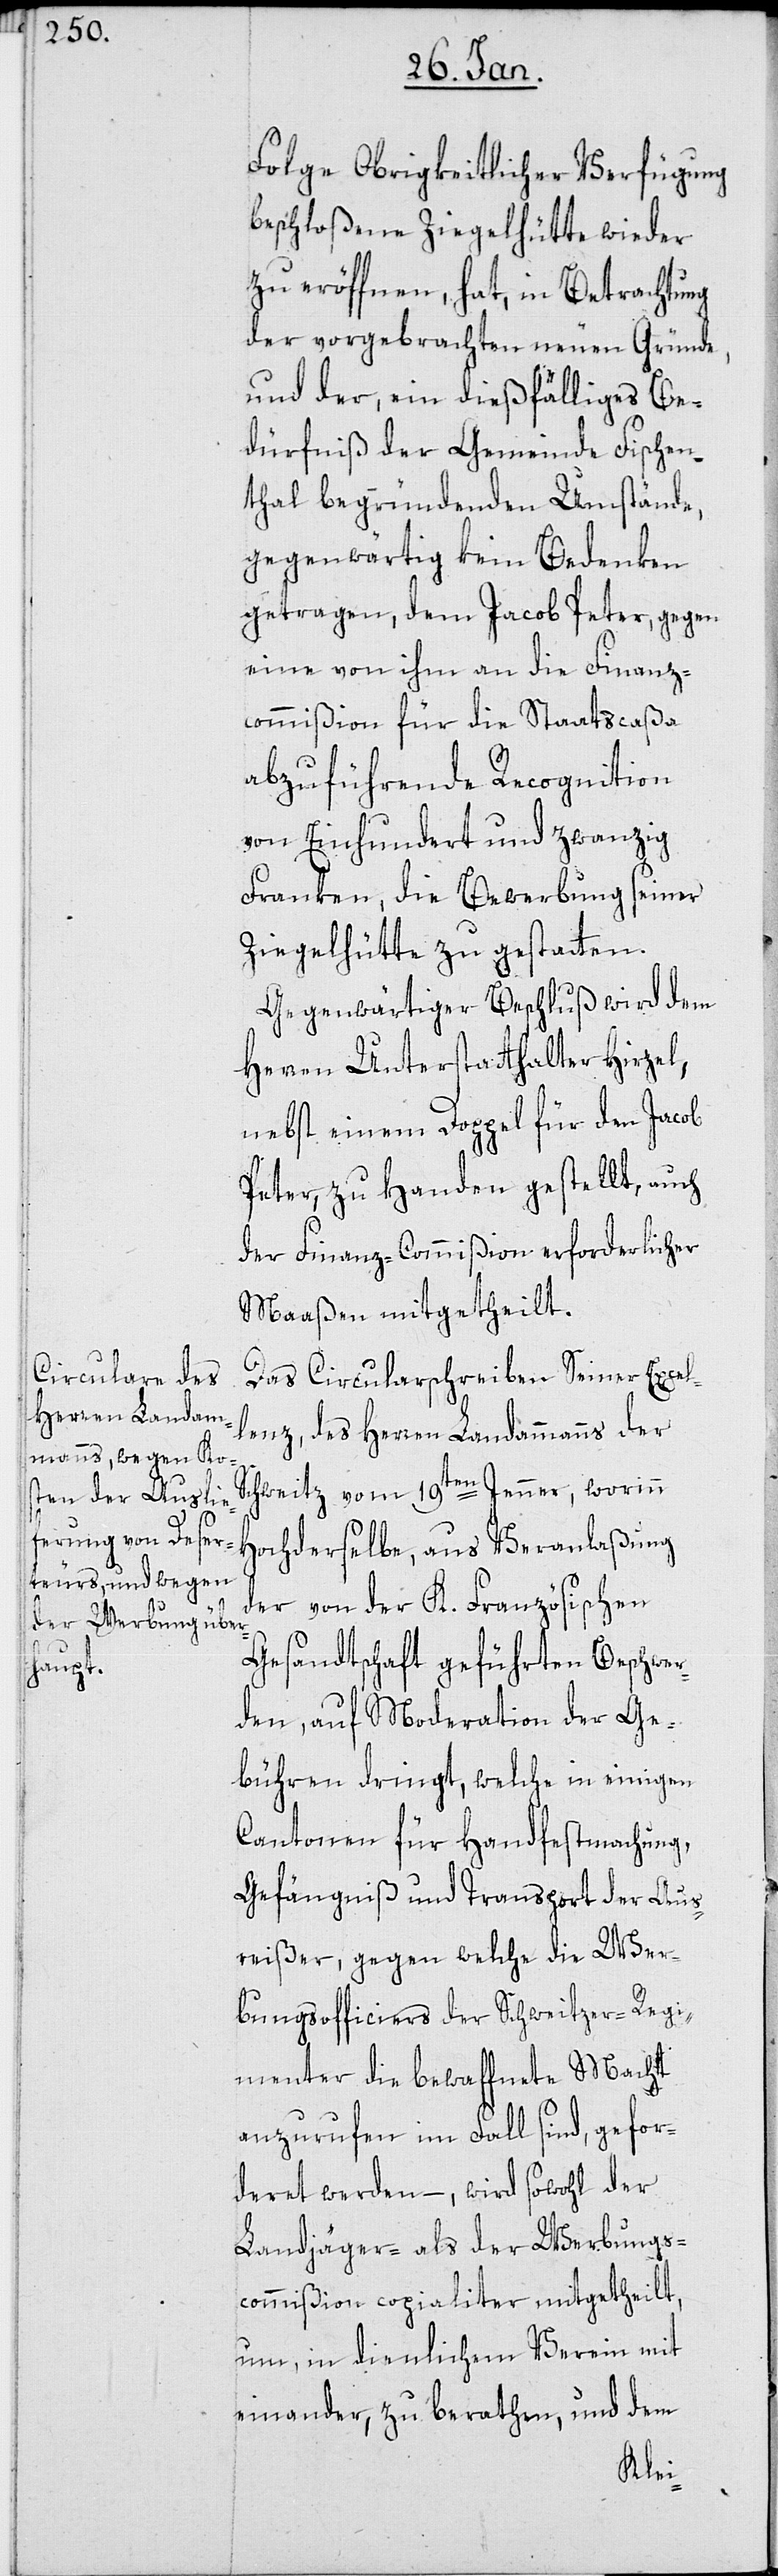
Folge Obrigkeitlicher Verfügung
beschloßene Ziegelhütte wieder
zu eröffnen, hat, in Betrachtung
der vorgebrachten neuen Gründe,
und der, ein dießfälliges Be¬
dürfniß der Gemeinde Fischen¬
thal begründenden Umstände,
gegenwärtig kein Bedenken
getragen, dem Jacob Peter, gegen
eine von ihm an die Finanz¬
commißion für die Staatscaßa
abzuführende Recognition
von Einhundert und zwanzig
Franken, die Bewerbung seiner
Ziegelhütte zu gestatten.
Gegenwärtiger Beschluß wird dem
Herren Unterstatthalter Hirzel,
nebst einem Doppel für den Jacob
Peter, zu Handen gestellt, auch
der Finanzcommißion erforderlicher
Maaßen mitgetheilt.
Das Circularschreiben Seiner Excel¬
lenz, des Herren Landammanns der
Schweitz vom 19ten Jenner, worinn
Hochderselbe aus Veranlaßung
der von der K. Französischen
Gesandtschaft geführten Beschwer¬
den, auf Moderation der Ge¬
bühren dringt, welche in einigen
Cantonen für Handfestmachung,
Gefängniß und Transport der Aus¬
reißer, gegen welche die Wer¬
bungsofficiers der Schweitzer-Regi¬
menter die bewaffnete Macht
anzurufen im Fall sind, gefor¬
deret werden, – wird sowohl der
Landjäger- als der Werbungs¬
commißion copialiter mitgetheilt,
um in dienlichem Verein mit¬
einander zu berathen, und dem